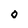
Character: 0